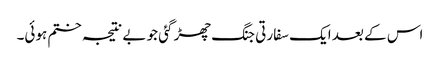
اس کے بعد ایک سفارتی جنگ چھڑ گئی جو بے نتیجہ ختم ہوئی۔